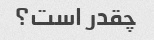
چقدر است؟